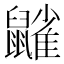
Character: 𪖀